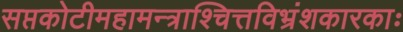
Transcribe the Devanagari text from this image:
सप्तकोटीमहामन्त्राश्चित्तविभ्रंशकारकाः